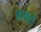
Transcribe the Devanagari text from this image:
कमले